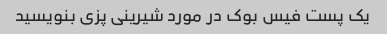
یک پست فیس بوک در مورد شیرینی پزی بنویسید